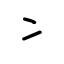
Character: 冫